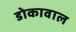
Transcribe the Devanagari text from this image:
डोकावाल